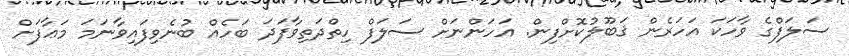
ސަލަފްގެ ވާހަކަ އަހަރެން ޤަބޫލުކޮށްފިން. އަހަންނަށް ސަލަފް ހިތްދަތިވާފަދަ ބަހެއް ބުނެވިފައިވާނަމަ މަޢާފަށް